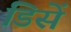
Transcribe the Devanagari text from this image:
डिसें